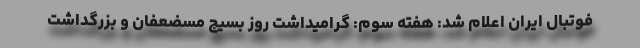
فوتبال ایران اعلام شد: هفته سوم: گرامیداشت روز بسیج مسضعفان و بزرگداشت